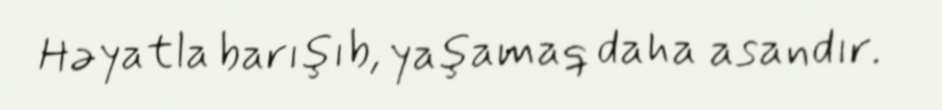
Həyatla barışıb, yaşamaq daha asandır.